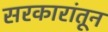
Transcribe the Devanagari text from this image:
सरकारांतून